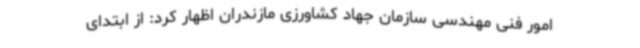
امور فنی مهندسی سازمان جهاد کشاورزی مازندران اظهار کرد: از ابتدای